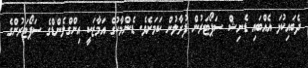
ދެބައިކުޅަ އެއްބައި ޑެނިޝް ސަޕޯޓަރުން ފުރާލުން ކަމަށެވެ. ޑެންމާކުގެ އަމާޒަކީ އިންގްލެންޑްގެ ސަޕޯޓަރުންގެ